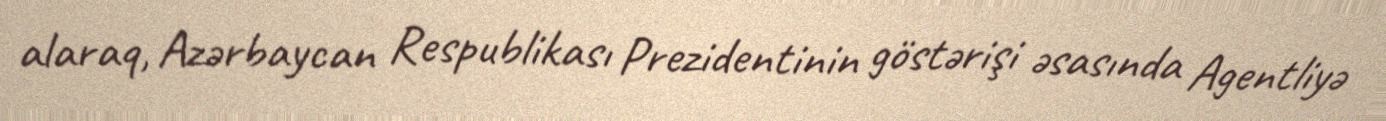
alaraq, Azərbaycan Respublikası Prezidentinin göstərişi əsasında Agentliyə